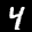
Label: 4